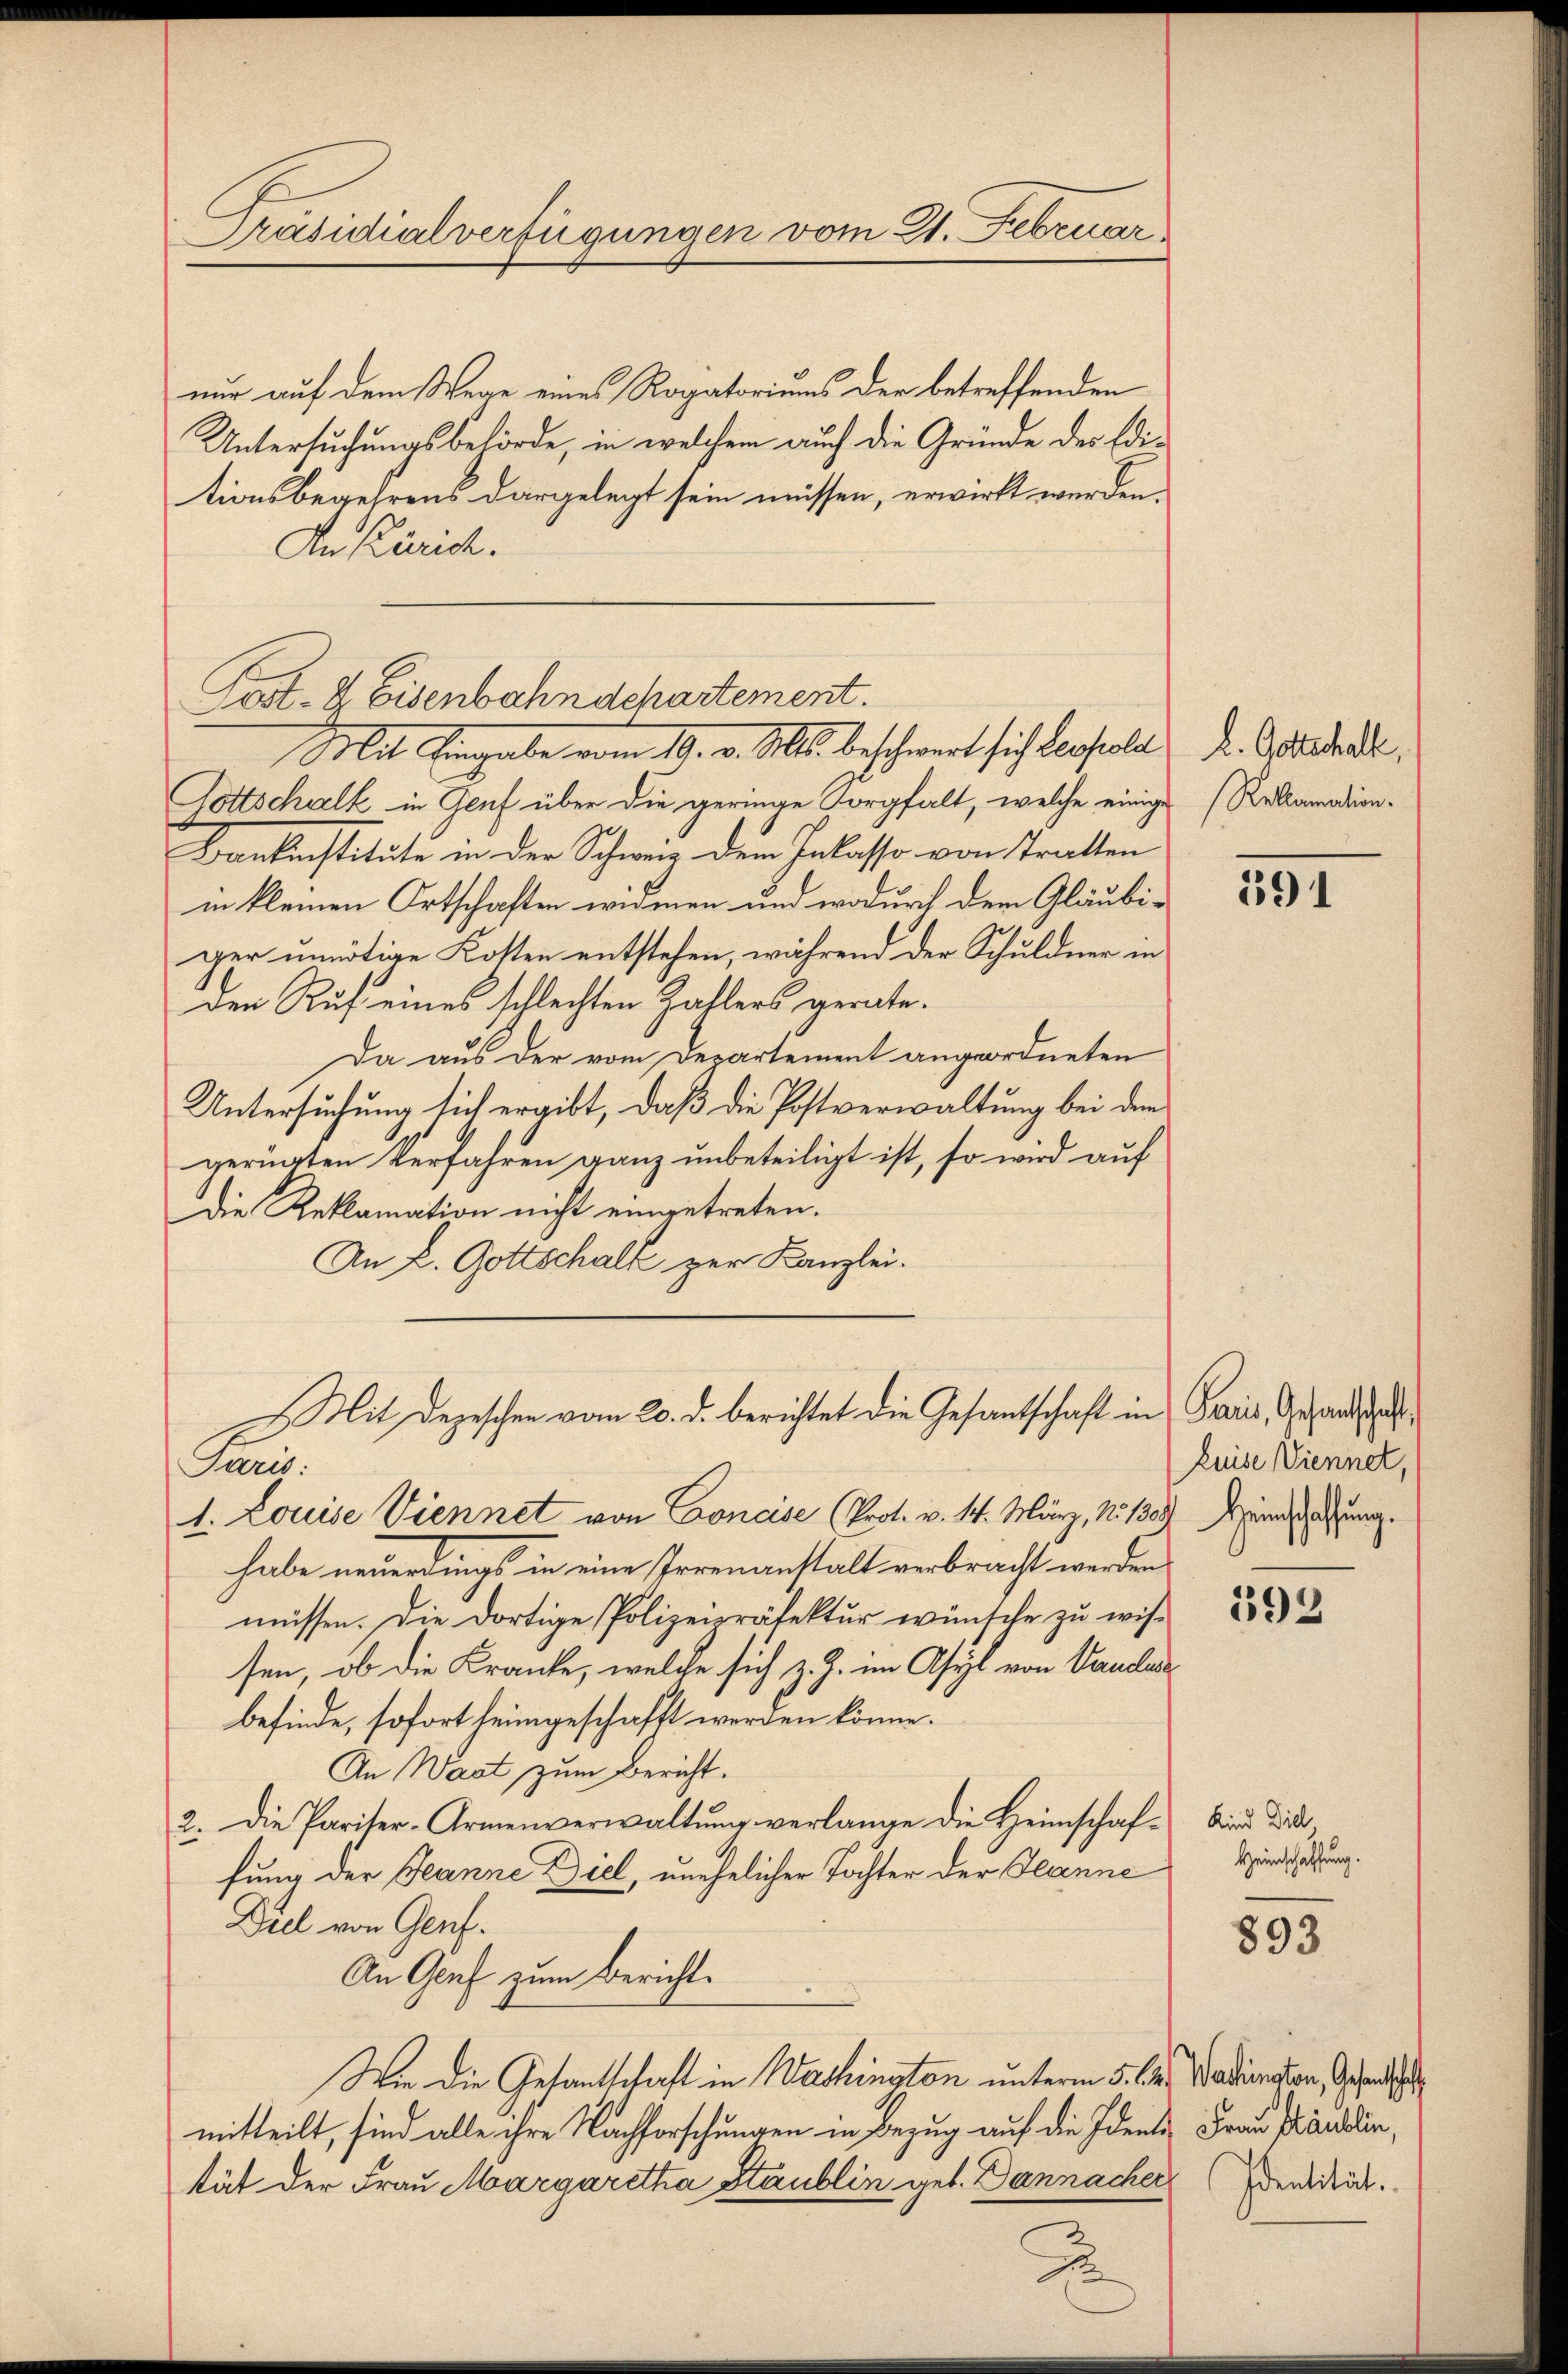
Präsidialverfügungen vom 21. Februar

nur auf dem Wege eines Rogatoriums der betreffenden
Untersuchungsbehörde, in welchem auch die Gründe des Editionsbegehrens dargelegt sein müssen, erwirkt werden.
An Zürich.
Gottschalk in Genf über die geringe Sorgfalt, welche einige (Reklamation.
Baukunstitute in der Schweiz dem Inlasse von Tratten
in kleinen Ortschaften widmen und wodurch dem Gläubiger unnötige Kosten entstehen, während der Schuldner in
den Ruf eines schlechten Zahlers gerate.
Da aus der vom Departement angeordneten
Untersuchung sich ergibt, daß die Postverwaltung bei dem
gerügten Verfahren ganz unbeteiligt ist, so wird auf
Die Reklamation nicht eingetreten.
An L. Gottschalt zur Kanzlei.
Mit Depeschen vom 20. d. berichtet die Gesantschaft in Paris, Gesandts
Paris:
1. Louise Viennet von Concise (Prot. v. 4. März, No 138. Weinschaftung
habe neuerdings in eine Irrenanstalt verbracht werden
müssen. Die dortige Polizeipräfektur wünsche zu wissen, ob die Kranke, welche sich z. Z. im Asyl von Vaudle
befinde, sofort heimgeschafft werden könne.
An Wast zum Bericht.
2. Die Pariser-Armenverwaltung verlange die Heimschaffung der Jeanne Diel, unehelicher Tochter der Jeanne
Die von Genf.
An Genf zum Bericht.
Wie die Gesantschaft in Washington unterm 5. C. Wadiaten, Gesandts
mitteilt, sind alle ihre Nachforschungen in Bezug auf die Ident Frau Prandin,
tät der Frau Margaretha Staublin geb. Dannacher den drit

Post- & Eisenbahnschartement.
Mit Eingabe vom 10. v. Ms. beschwert sich Result

2

2

L. Gottschalt,

391

Luise Viennet,

192

Kind Diel
Heinschaffung.

893